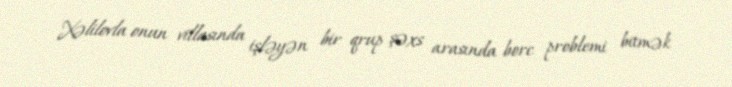
Xəlilovla onun villasında işləyən bir qrup şəxs arasında borc problemi bitmək